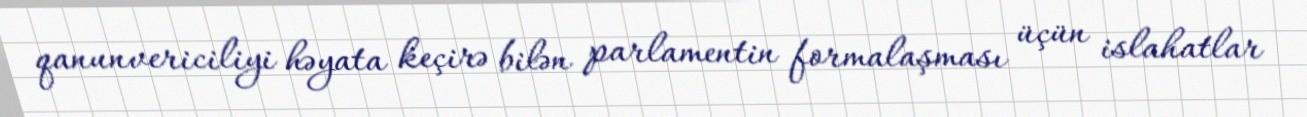
qanunvericiliyi həyata keçirə bilən parlamentin formalaşması üçün islahatlar